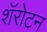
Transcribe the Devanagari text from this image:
शॅरोटन